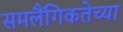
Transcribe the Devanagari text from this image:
समलैंगिकतेच्या